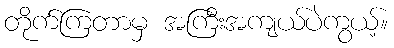
တိုက်ကြတာမှ အကြီးအကျယ်ပဲကွယ့်။